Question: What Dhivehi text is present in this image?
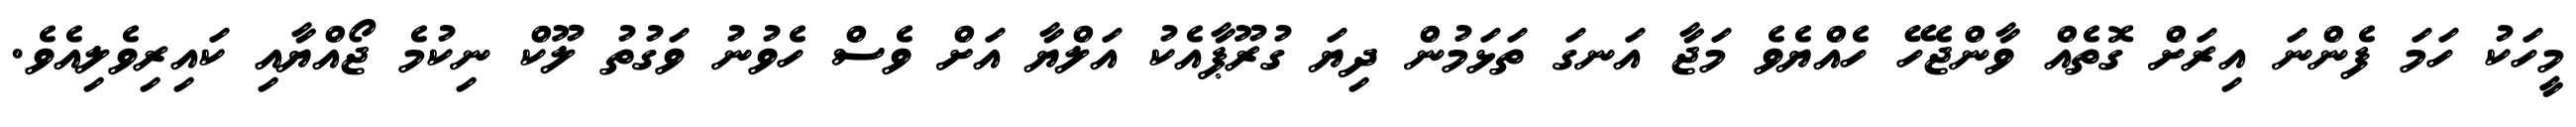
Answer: މީހަކު ހަމަ ފެންނަ އިރަށް ގޮތެއް ވާންޖެހޭ ހެއްޔެވެ މަޖާ އަނގަ ތަޅަމުން ދިޔަ ގުރޫޕާއެކު އަލްޔާ އަށް ވެސް ހެވުނު ވަގުތު ލޫކް ނިކުމެ ޖޯއްޔާއި ކައިރިވެލިއެވެ.